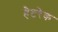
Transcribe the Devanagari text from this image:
हैटरैक